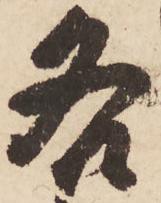
各